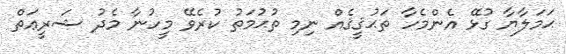
ޙަމަލާޔާ ގުޅޭ އެންމެހާ ތަޙުޤީޤެއް ނިމި ތުޙުމަތު ކުރެވޭ މީހުނާ މެދު ޝަރީޢަތް